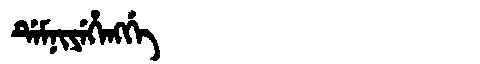
Manchu: ᡩᡝᠮᠨᡳᠶᡝᡥᡝᠩᡤᡝ
Romanization: DEMNIYEHENGGE